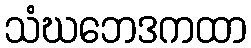
သံဃဘေဒကထာ